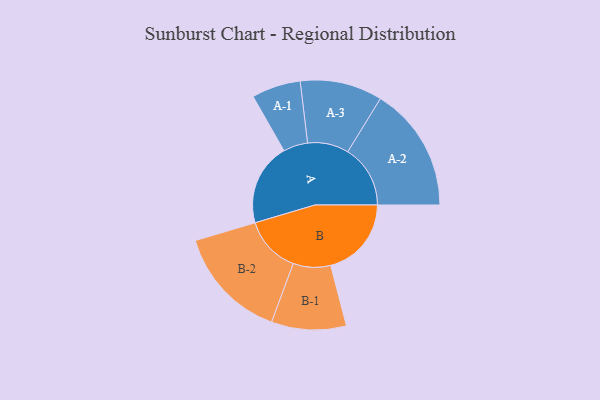
{"axis": {"x": "Segment", "y": "Value"}, "legend": ["", "A", "B"], "data": [{"x": "A", "y": 376, "type": ""}, {"x": "B", "y": 369, "type": ""}, {"x": "A-1", "y": 112, "type": "A"}, {"x": "A-2", "y": 286, "type": "A"}, {"x": "A-3", "y": 188, "type": "A"}, {"x": "B-1", "y": 171, "type": "B"}, {"x": "B-2", "y": 260, "type": "B"}]}